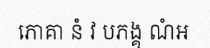
ភោគា នំ វ បភង្គុ ណំឣ